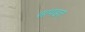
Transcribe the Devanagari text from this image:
सांपडत